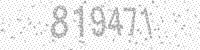
Solution: 819471